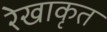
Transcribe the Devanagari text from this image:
रेखाकृत